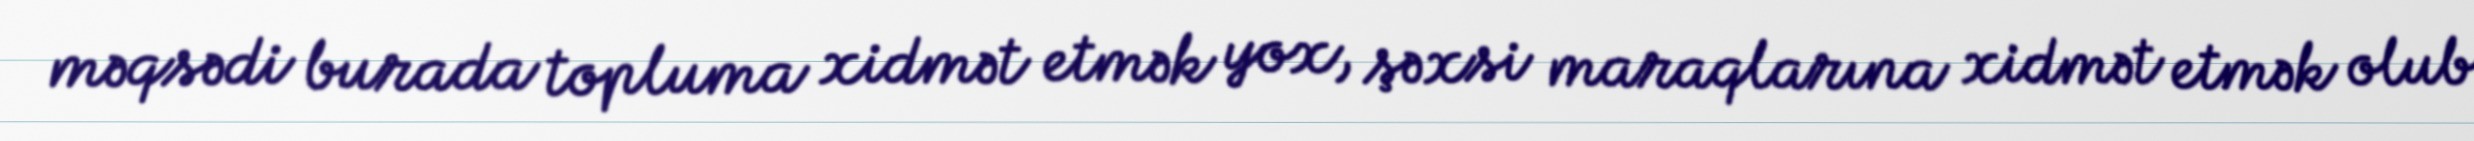
məqsədi burada topluma xidmət etmək yox, şəxsi maraqlarına xidmət etmək olub.